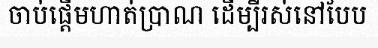
ចាប់ផ្តើមហាត់ប្រាណ ដើម្បីរស់នៅបែប